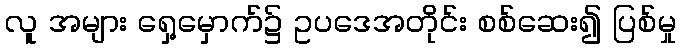
လူ အများ ရှေ့မှောက်၌ ဥပဒေအတိုင်း စစ်ဆေး၍ ပြစ်မှု